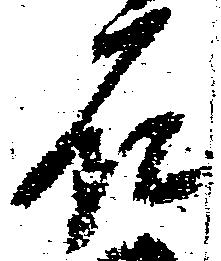
石